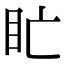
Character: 盳